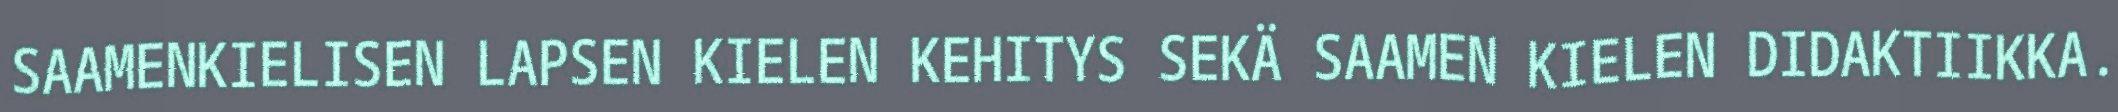
SAAMENKIELISEN LAPSEN KIELEN KEHITYS SEKÄ SAAMEN KIELEN DIDAKTIIKKA.